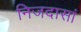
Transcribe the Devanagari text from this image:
निजदासां